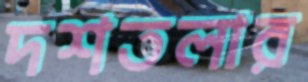
দশতলার